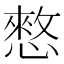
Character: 憗